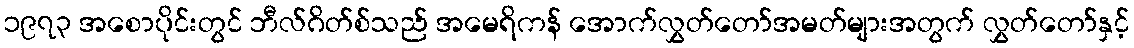
၁၉၇၃ အစောပိုင်းတွင် ဘီလ်ဂိတ်စ်သည် အမေရိကန် အောက်လွှတ်တော်အမတ်များအတွက် လွှတ်တော်နှင့်